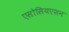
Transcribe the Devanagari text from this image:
एसोसियएशन